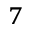
^ { 7 }